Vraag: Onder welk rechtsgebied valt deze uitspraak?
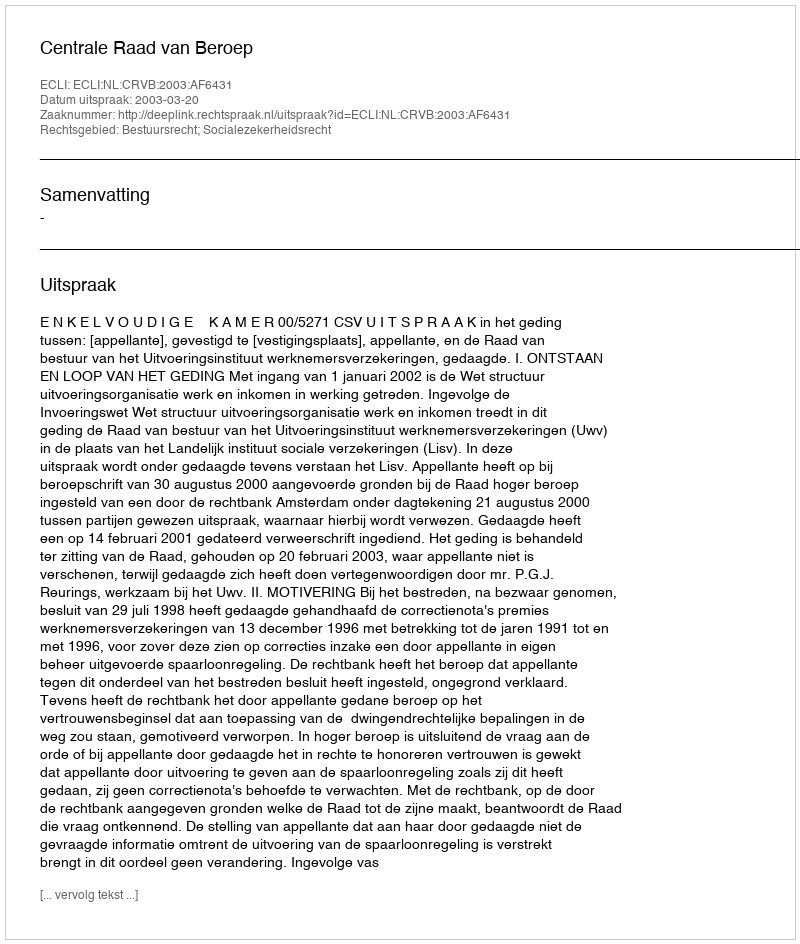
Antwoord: Bestuursrecht; Socialezekerheidsrecht